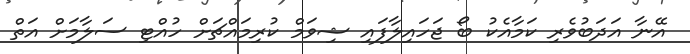
އޭނާ އަދަބުވެރި ކަމާއެކު ބޯ ޖަހައިލާފައި ޝިވަމް ކުރިމައްޗަށް ހުއްޓި ސަލާމަށް އަތް